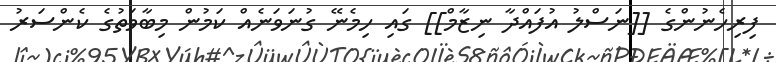
ފިރިހެނުންގެ [[ނަސްލު އުފައްދާ ނިޒާމް]] ގައި ހިމެނޭ ގުނަވަނެއް ކަމުން މިބާވަތުގެ ކެންސަރު